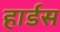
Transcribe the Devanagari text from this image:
हार्डस